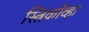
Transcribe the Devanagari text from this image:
स्त्रिकोव्हा